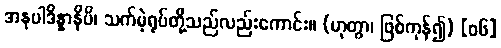
အနုပါဒိန္နာနိပိ၊ သက်မဲ့ရုပ်တို့သည်လည်းကောင်း။ (ဟုတွာ၊ ဖြစ်ကုန်၍) [၀၆]